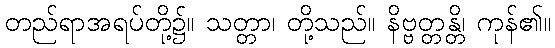
တည်ရာအရပ်တို့၌။ သတ္တာ၊ တို့သည်။ နိဗ္ဗတ္တန္တိ၊ ကုန်၏။